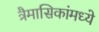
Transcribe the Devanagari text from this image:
त्रैमासिकांमध्ये